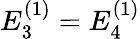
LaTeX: E_{3}^{(1)}=E_{4}^{(1)}